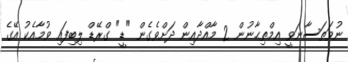
ނުވަތަސާނަވީ އިމްތިޙާނުން 2 މާއްދާއިން ދަށްވެގެން "ޑީ" ގްރޭޑް ލިބިފައި ވުމާއެކު އޭގެ